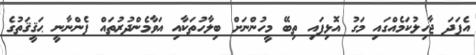
އެފަދަ ޖާހިލުކަމެއްގައި މަގު އޮޅިފައި ތިބޭ މީހުންނަށް ބިލާހުތަކާއި އަވާމެންދުރުތައް ފެންނާނީ ޙަޤީޤަތުގެ